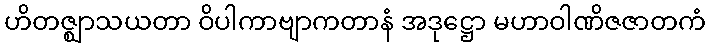
ဟိတဇ္ဈာသယတာ ဝိပါကာဗျာကတာနံ အဒုဋ္ဌော မဟာဝါဏိဇဇာတကံ